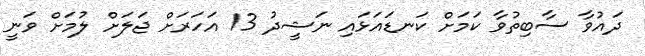
ދައުވާ ސާބިތުވާ ކަމަށް ކަނޑައަޅައި ނަޝީދު 13 އަހަރަށް ޖަލަށް ލުމަށް ވަނީ